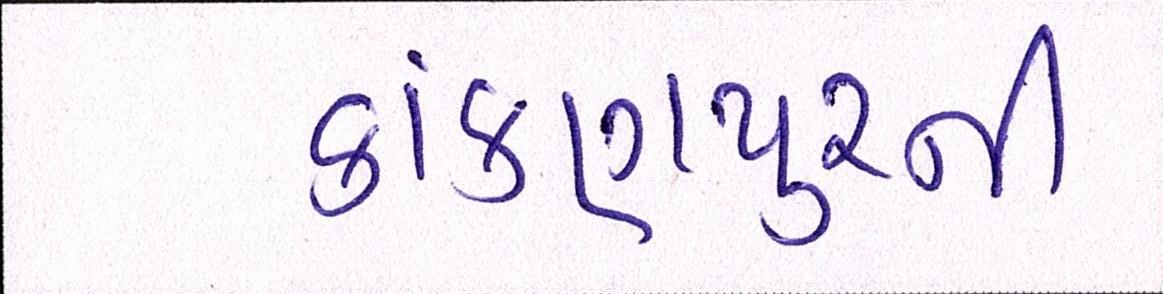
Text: કાંકણપુરની